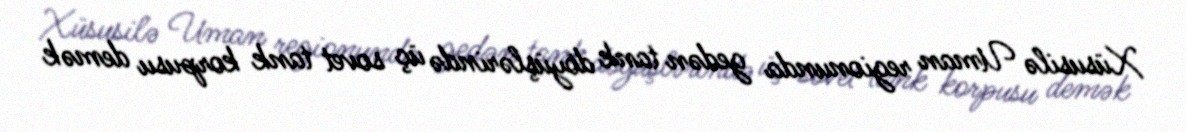
Xüsusilə Uman regionunda gedən tank döyüşlərində üç sovet tank korpusu demək